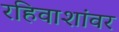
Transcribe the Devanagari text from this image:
रहिवाशांवर